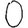
Digit: 0